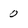
Character: 0